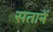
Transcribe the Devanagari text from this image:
सतानें